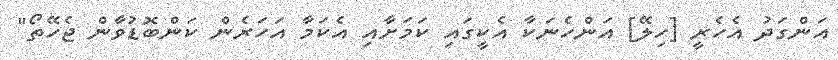
އަންގަދު އެހެރީ [ހިލޭ] އަންހެނަކާ އެކީގައި ކަމަށާއި އެކަމާ އަހަރެން ކަންބޮޑުވާން ޖެހޭތޯ"